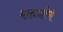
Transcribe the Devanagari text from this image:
भक्ततारिणी